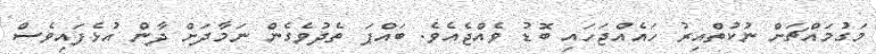
މަގުމައްޗަށް ނުކުތްއިރު ހައެއްޖަހައި ބޮޑު ވެއްޖެއެވެ. ބައްޕަ ތެދުވެގެން ނަމާދަށް ދާން އުޅެފައިވެސް